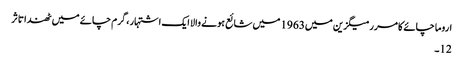
اروما چائے کا مرر میگزین میں1963 میں شائع ہونے والا ایک اشتہار ، گرم چائے میں ٹھندا تاثر
12۔